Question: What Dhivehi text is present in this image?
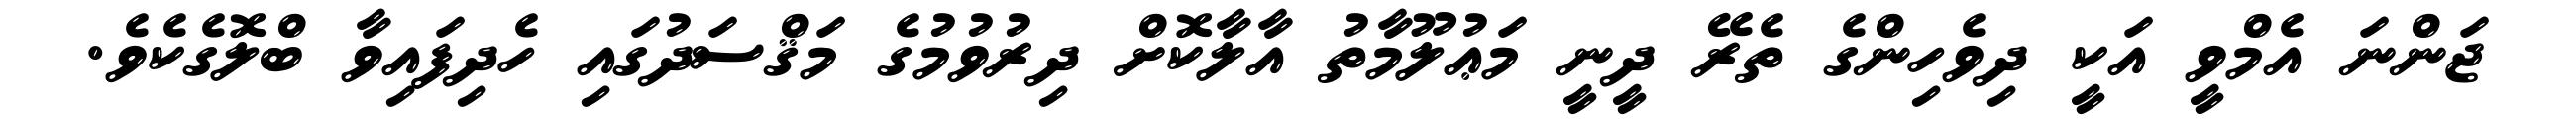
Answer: ޖަންނަ އެމްވީ އަކީ ދިވެހިންގެ ތެރޭ ދީނީ މަޢުލޫމާތު އާލާކޮށް ދިރުވުމުގެ މަޤްސަދުގައި ހެދިފައިވާ ބްލޮގެކެވެ.